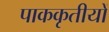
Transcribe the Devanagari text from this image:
पाककृतीयों